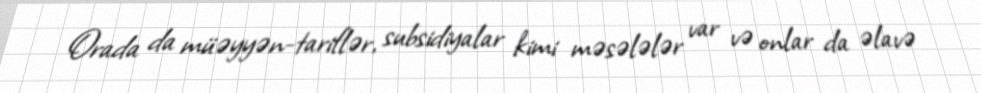
Orada da müəyyən-tariflər, subsidiyalar kimi məsələlər var və onlar da əlavə